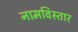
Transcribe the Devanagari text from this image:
नामविस्‍तार